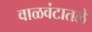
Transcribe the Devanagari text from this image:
वाळवंटातले